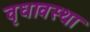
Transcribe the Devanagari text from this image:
वृधावस्था